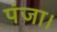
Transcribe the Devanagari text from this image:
पंजा।